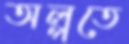
অল্পতে